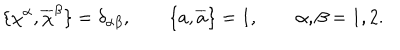
LaTeX: \{ \chi ^ { \alpha } , \overline { { { \chi } } } ^ { \beta } \} = \delta _ { \alpha \beta } , \qquad \{ a , \overline { { { a } } } \} = 1 , \qquad \alpha , \beta = 1 , 2 .